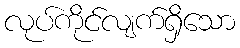
လုပ်ကိုင်လျက်ရှိသော